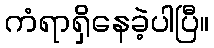
ကံရာရှိနေခဲ့ပါပြီ။